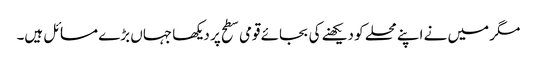
مگر میں نے اپنے محلے کو دیکھنے کی بجائے قومی سطح پر دیکھا جہاں بڑے مسائل ہیں۔